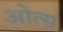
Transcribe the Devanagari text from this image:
ओत्स